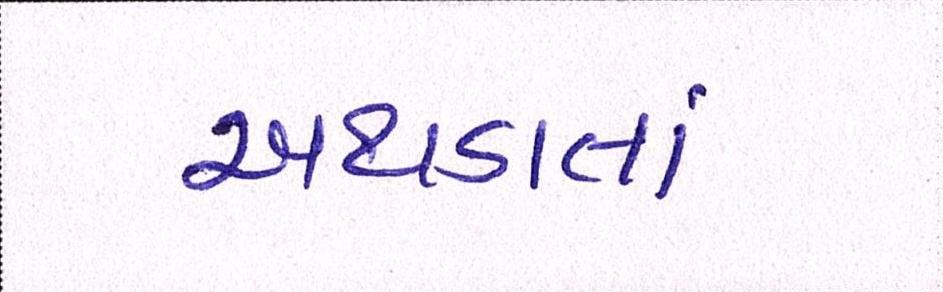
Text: અથડાતાં